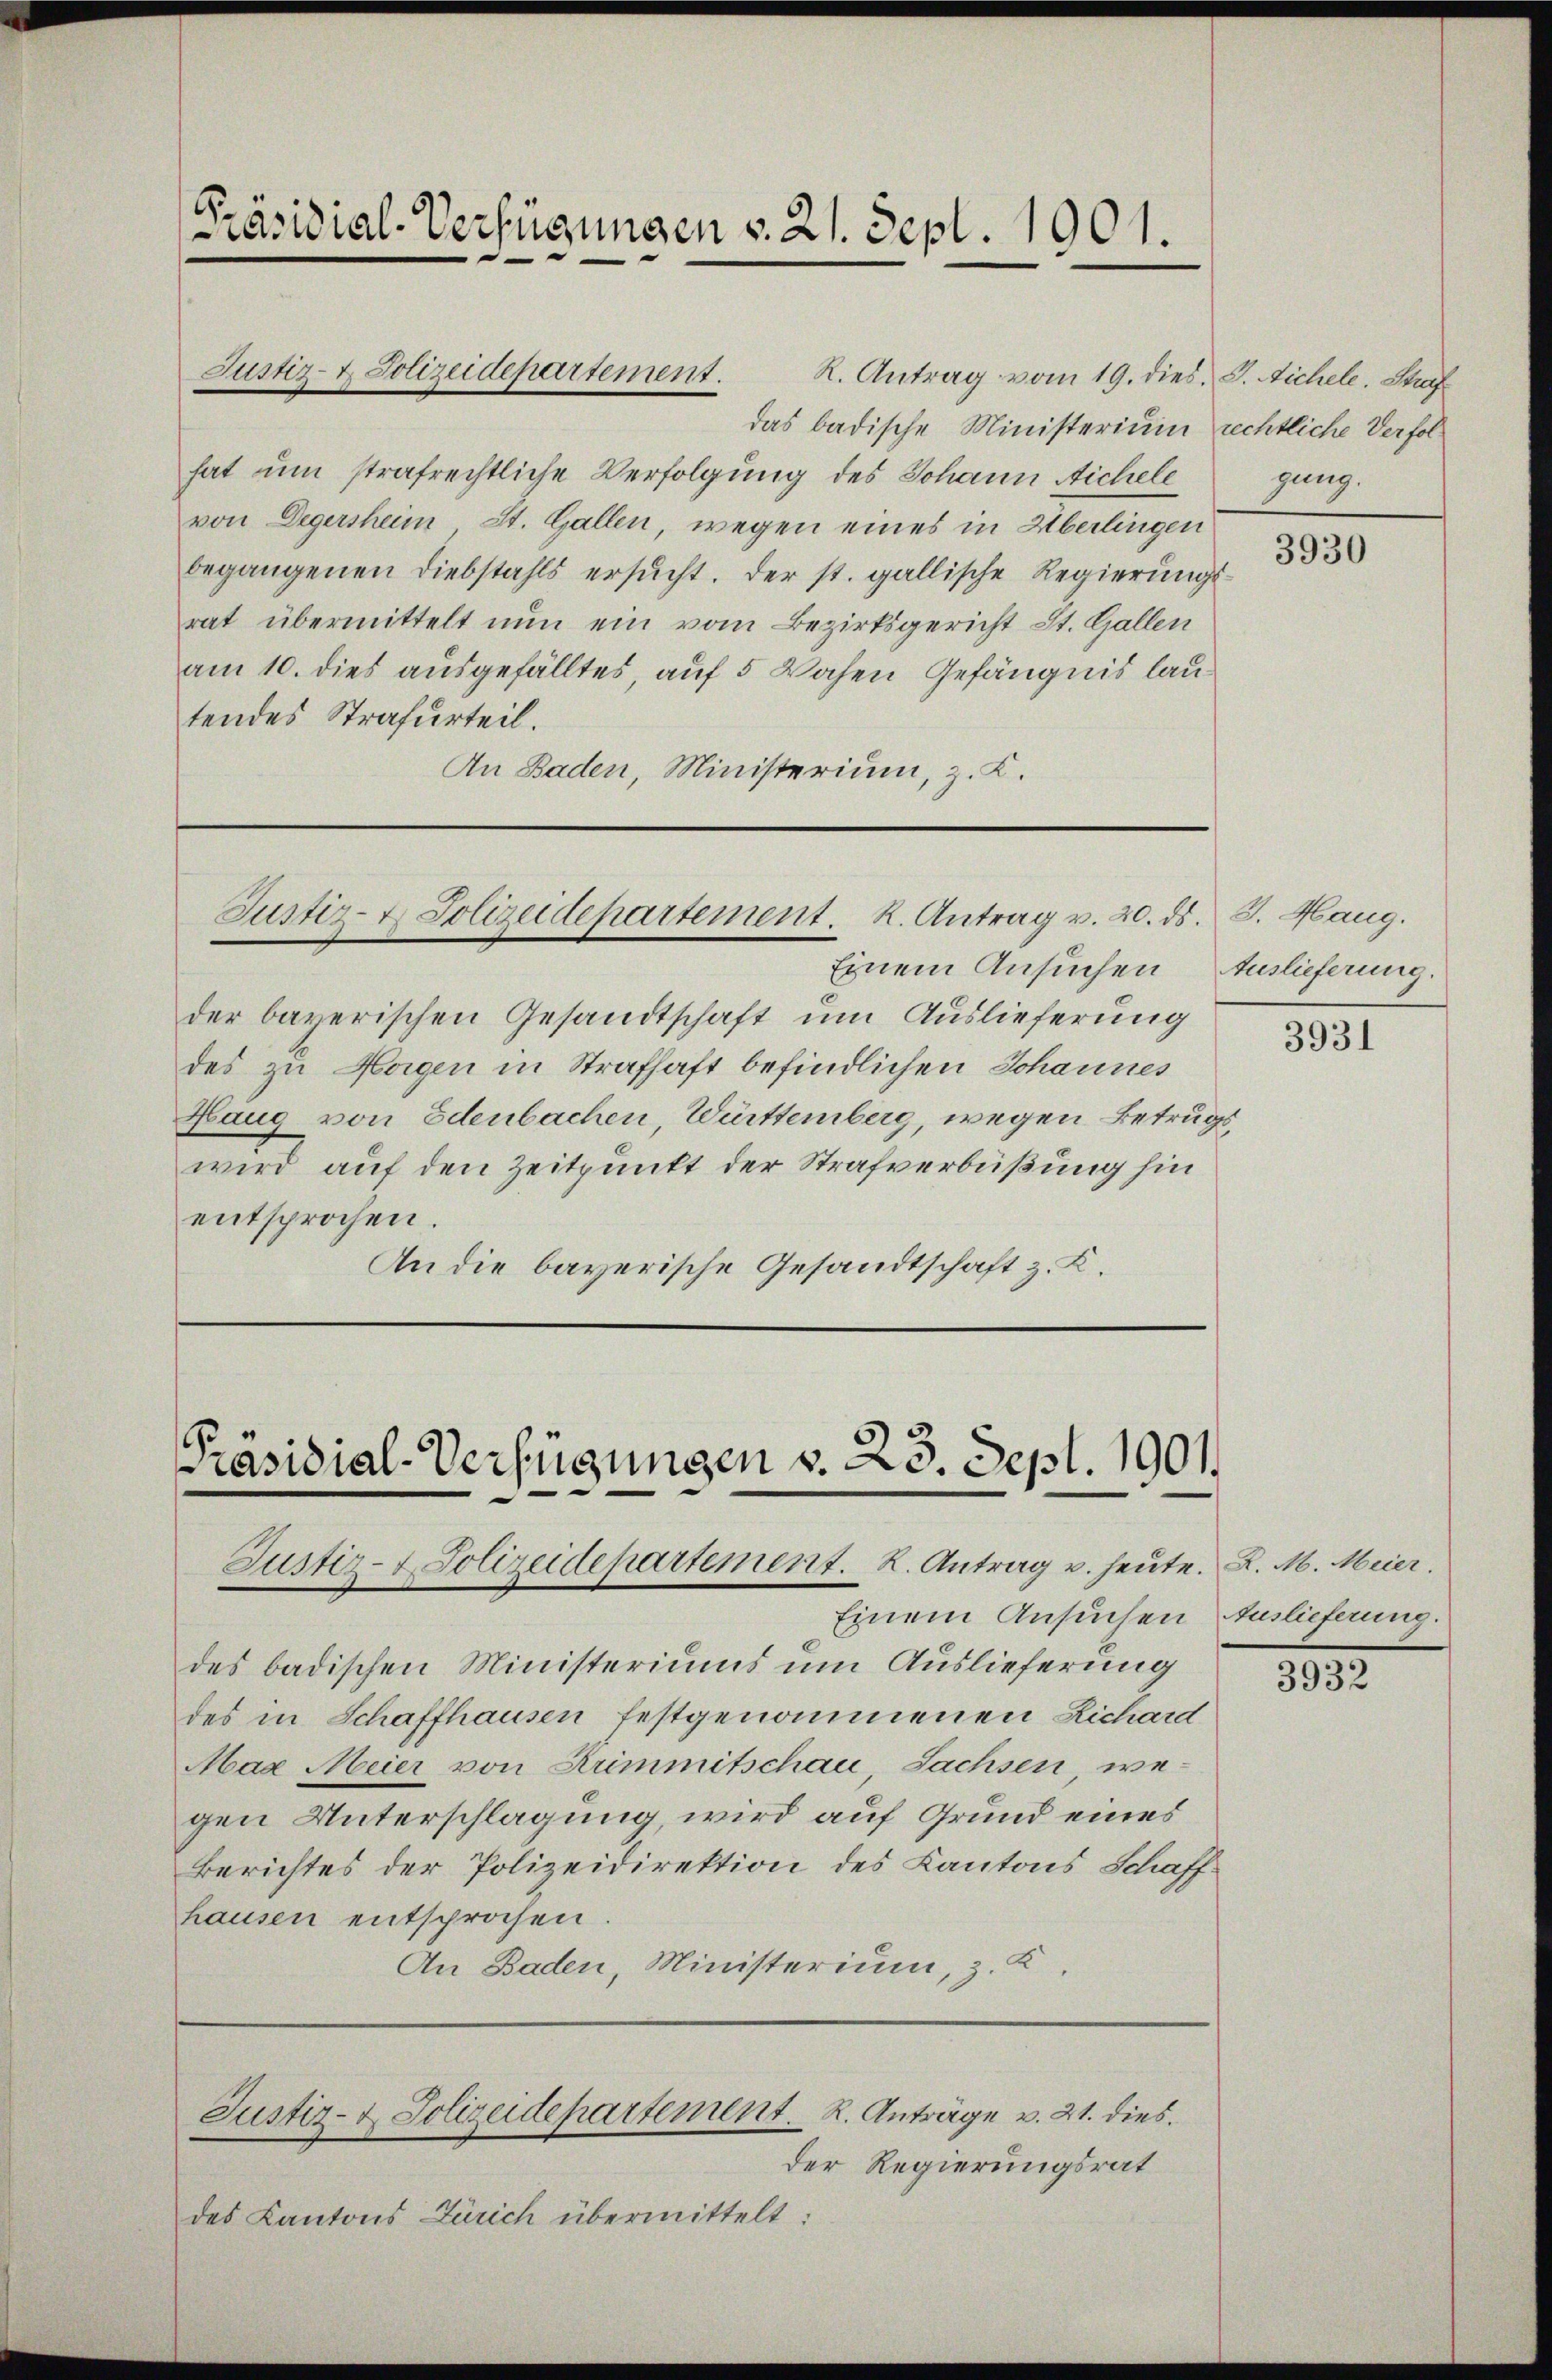
[Präsidial-Verfügungen v. 21. Sept. 1901.

das badische Ministerium rechtliche Verfolhat um strafrechtliche Verfolgung des Johann Aichele
von Degersheim St. Gallen, wegen eines in Überlingen
begangenen Diebstahls ersŭcht. Der st. gallische Regierungsrat übermittelt nun ein vom Bezirksgericht St. Gallen
am 10. dies ausgefälltes, auf 5 Wochen Gefängnis lautendes Strafurteil.
An Baden, Ministerium, z. K.

Justiz- & Polizeidepartement.

R. Antrag vom 19. dies. S. Aichele. Straf

Justiz- & Polizeidepartement. K. Antrag v. 20. ds. J. Haug.
Einem Ansuchen Auslieferung.

der bayerischen Gesandtschaft um Auslieferung
des zu Hagen in Strafhaft befindlichen Johannes
Haug von Edenbachen, Württemberg, wegen Betrugswird auf den Zeitpunkt der Strafverbüßung hin
entsprochen.
An die bayerische Gesandtschaft z. K.

Präsidial-Verfügungen v. 23. Sept. 1901.
Justiz- & Polizeidepartement. R. Antrag u. heute. L. M. Meier.

Einem Ansuchen Auslieferung.
des badischen Ministeriums um Auslieferung
des in Schaffhausen festgenommenen Lichard
Mag Meier von Krimmitschau, Sachsen, wegen Unterschlagung, wird auf Grund eines
Berichtes der Polizeidirektion des Kantons Schaffhausen entsprochen.
An Baden, Ministerium, z. K.

Justiz- & Polizeidepartement. K. Anträge v. 21. dies

Der Regierungsrat
des Kantons Zürich übermittelt:

gung.

3930

3931

3932